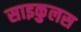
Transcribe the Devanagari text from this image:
साइकुलस